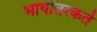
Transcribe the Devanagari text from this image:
भाषांतरकर्ते